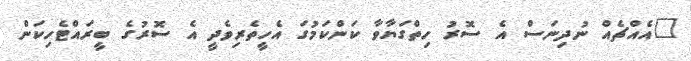
"އެއްޗެއް ނުދިނަސް އެ ސޮރު ހިތްގަޔާވާ ކަންކަމުގަ އެހީތެރިވެދީ އެ ސޮރުގެ ބީރައްޓެހިކަން